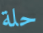
حلة